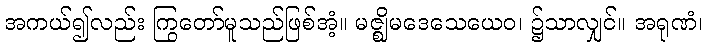
အကယ်၍လည်း ကြွတော်မူသည်ဖြစ်အံ့။ မဇ္ဈိမဒေသေယေဝ၊ ၌သာလျှင်။ အရုဏံ၊